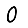
Digit: 0